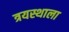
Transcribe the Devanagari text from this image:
त्रयस्थाला